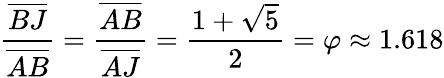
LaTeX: {\frac{\overline{{BJ}}}{\overline{{AB}}}}={\frac{\overline{{AB}}}{\overline{{AJ}}}}={\frac{1+{\sqrt{5}}}{2}}=\varphi\approx 1.618